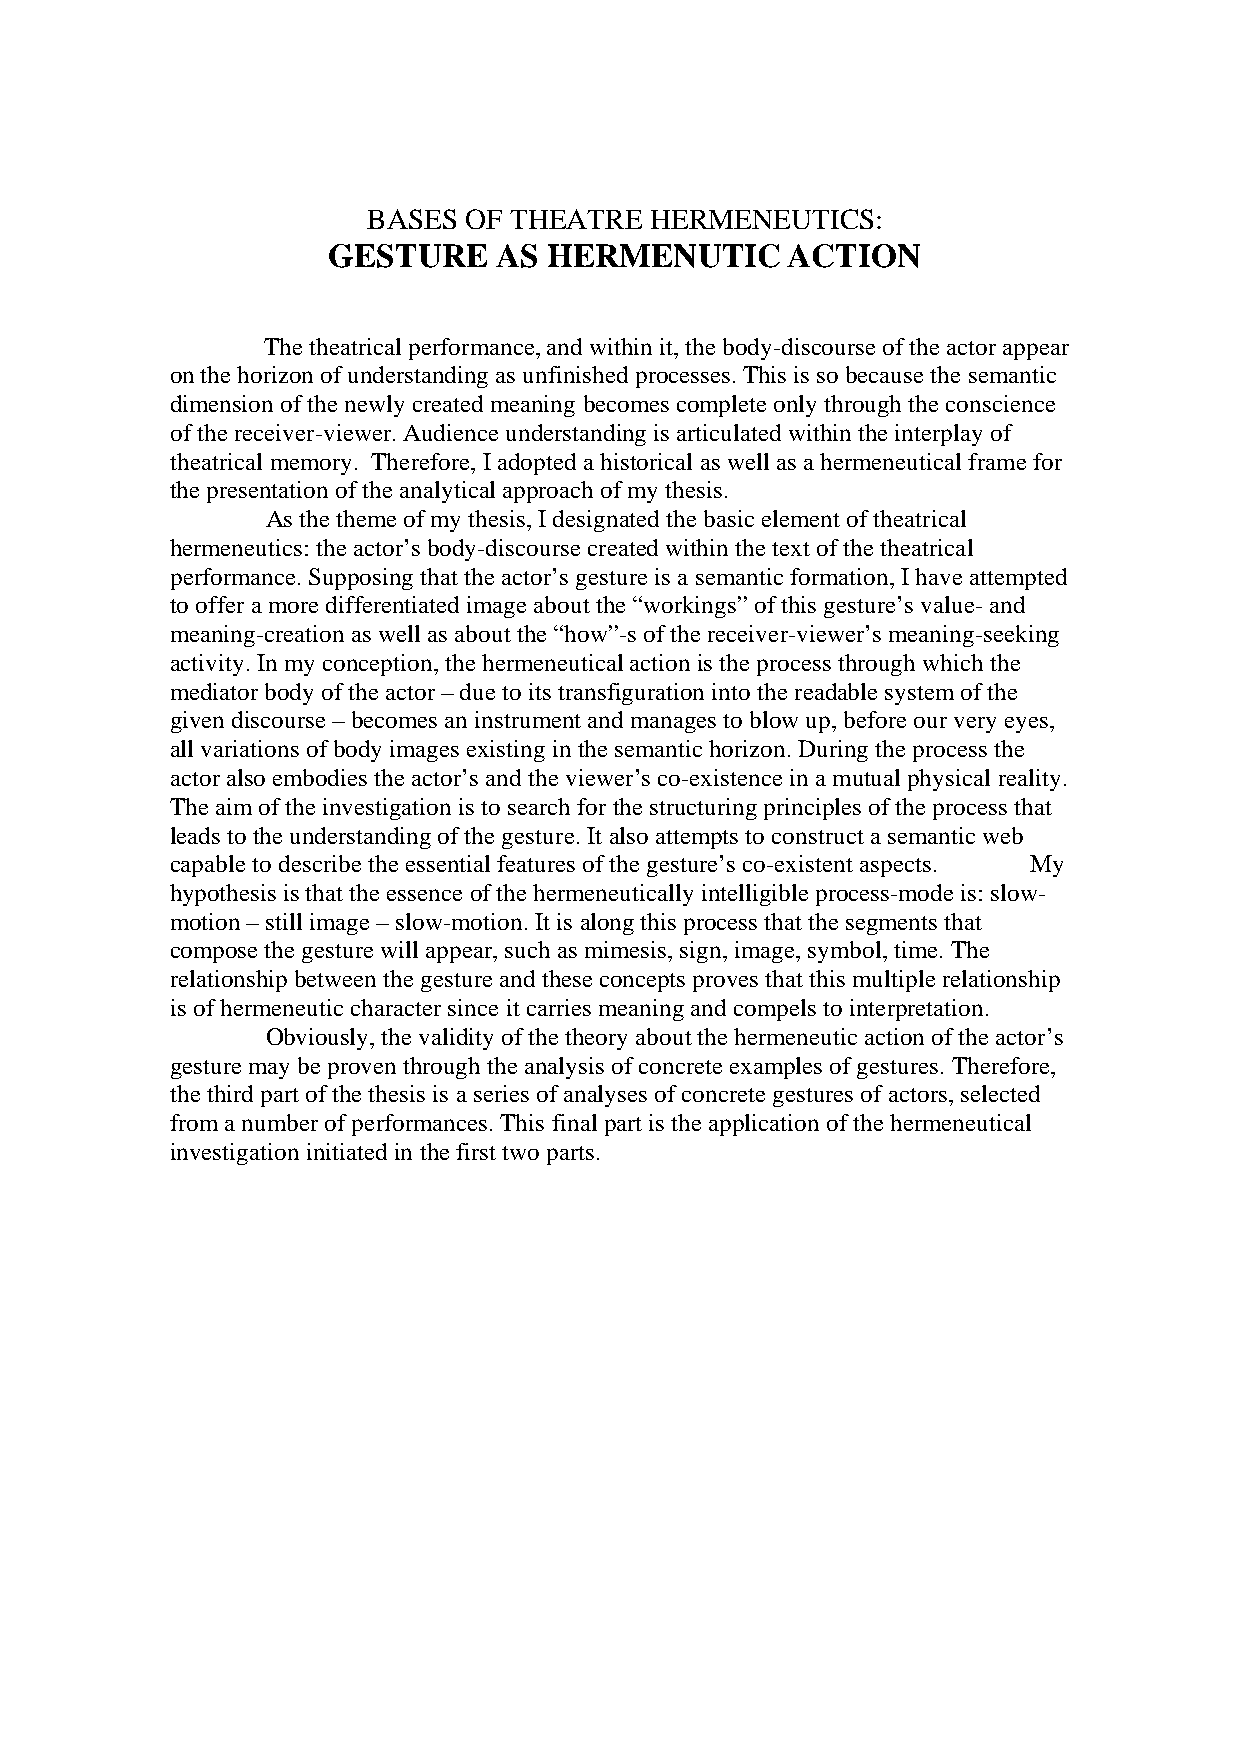
BASES  OF THEATRE  HERMENEUTICS:
 GESTURE    AS HERMENUTIC      ACTION
 The theatrical performance, and within it, the body-discourse of the actor appear
 on the horizon of understanding as unfinished processes. This is so because the semantic
 dimension of the newly created meaning becomes complete only through the conscience
 of the receiver-viewer. Audience understanding is articulated within the interplay of
 theatrical memory. Therefore, I adopted a historical as well as a hermeneutical frame for
 the presentation of the analytical approach of my thesis.
 As the theme of my thesis, I designated the basic element of theatrical
 hermeneutics: the actor’s body-discourse created within the text of the theatrical
 performance. Supposing that the actor’s gesture is a semantic formation, I have attempted
 to offer a more differentiated image about the “workings” of this gesture’s value- and
 meaning-creation as well as about the “how”-s of the receiver-viewer’s meaning-seeking
 activity. In my conception, the hermeneutical action is the process through which the
 mediator body of the actor – due to its transfiguration into the readable system of the
 given discourse – becomes an instrument and manages to blow up, before our very eyes,
 all variations of body images existing in the semantic horizon. During the process the
 actor also embodies the actor’s and the viewer’s co-existence in a mutual physical reality.
 The aim of the investigation is to search for the structuring principles of the process that
 leads to the understanding of the gesture. It also attempts to construct a semantic web
 capable to describe the essential features of the gesture’s co-existent aspects. My
 hypothesis is that the essence of the hermeneutically intelligible process-mode is: slow-
 motion – still image – slow-motion. It is along this process that the segments that
 compose the gesture will appear, such as mimesis, sign, image, symbol, time. The
 relationship between the gesture and these concepts proves that this multiple relationship
 is of hermeneutic character since it carries meaning and compels to interpretation.
 Obviously, the validity of the theory about the hermeneutic action of the actor’s
 gesture may be proven through the analysis of concrete examples of gestures. Therefore,
 the third part of the thesis is a series of analyses of concrete gestures of actors, selected
 from a number of performances. This final part is the application of the hermeneutical
 investigation initiated in the first two parts.